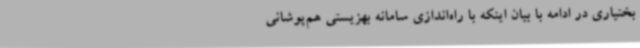
بختیاری در ادامه با بیان اینکه با راه‌اندازی سامانه بهزیستی هم‌پوشانی